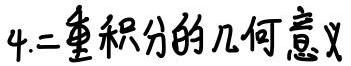
4.二重积分的几何意义